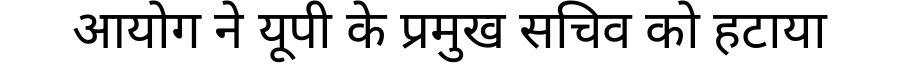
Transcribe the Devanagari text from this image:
आयोग ने यूपी के प्रमुख सचिव को हटाया